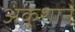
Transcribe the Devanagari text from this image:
अंकुशाने